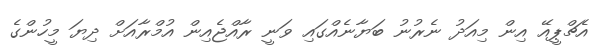
އެޗްޕީއޭ އިން މިއަދު ނެރުނު ބަޔާނެއްގައި ވަނީ ރާއްޖެއިން އުމްރާއަށް ދިޔަ މީހުންގެ